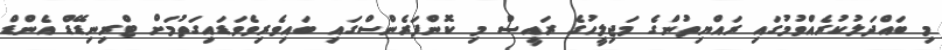
މި ބައްދަލުކުރެއްވުމުގައި ރައްޔިތުންގެ މަޖިލީހުގެ ރައީސް މި ކޮންފަރެންސްގައި ބައިވެރިވެވަޑައިގަތުމަށް ޓްރިނިޑޭޑް އެންޑް